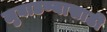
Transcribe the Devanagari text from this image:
लुबाडण्यासाठी